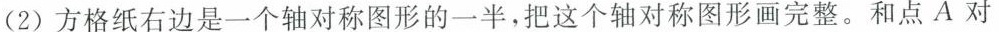
(2)方格纸右边是一个轴对称图形的一半，把这个轴对称图形画完整。和点A对